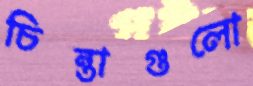
চিন্তাগুলো